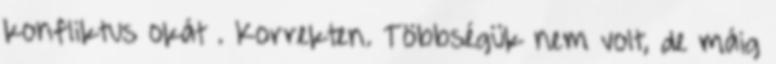
konfliktus okát . Korrekten. Többségük nem volt, de máig